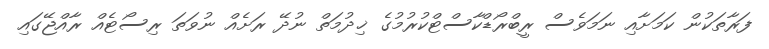
ފަރާތަކުން ކަމަށާއި ނަމަވެސް ރީބްރޯޑްކާސްޓްކުރުމުގެ ޚިދުމަތް ނުދޭ ރަށެއް ނުވަތަ ރިސޯޓެއް ރާއްޖޭގައި